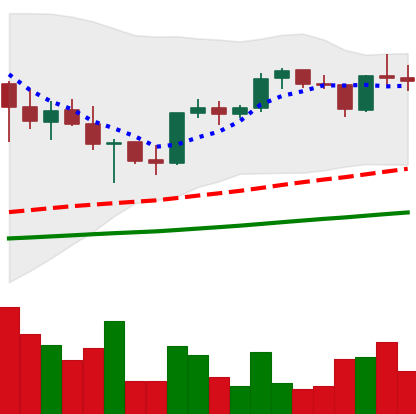
Ticker: XRP-USD
Chart end date: 2021-05-07
Forward return: -21.109%
Label: down_7plus